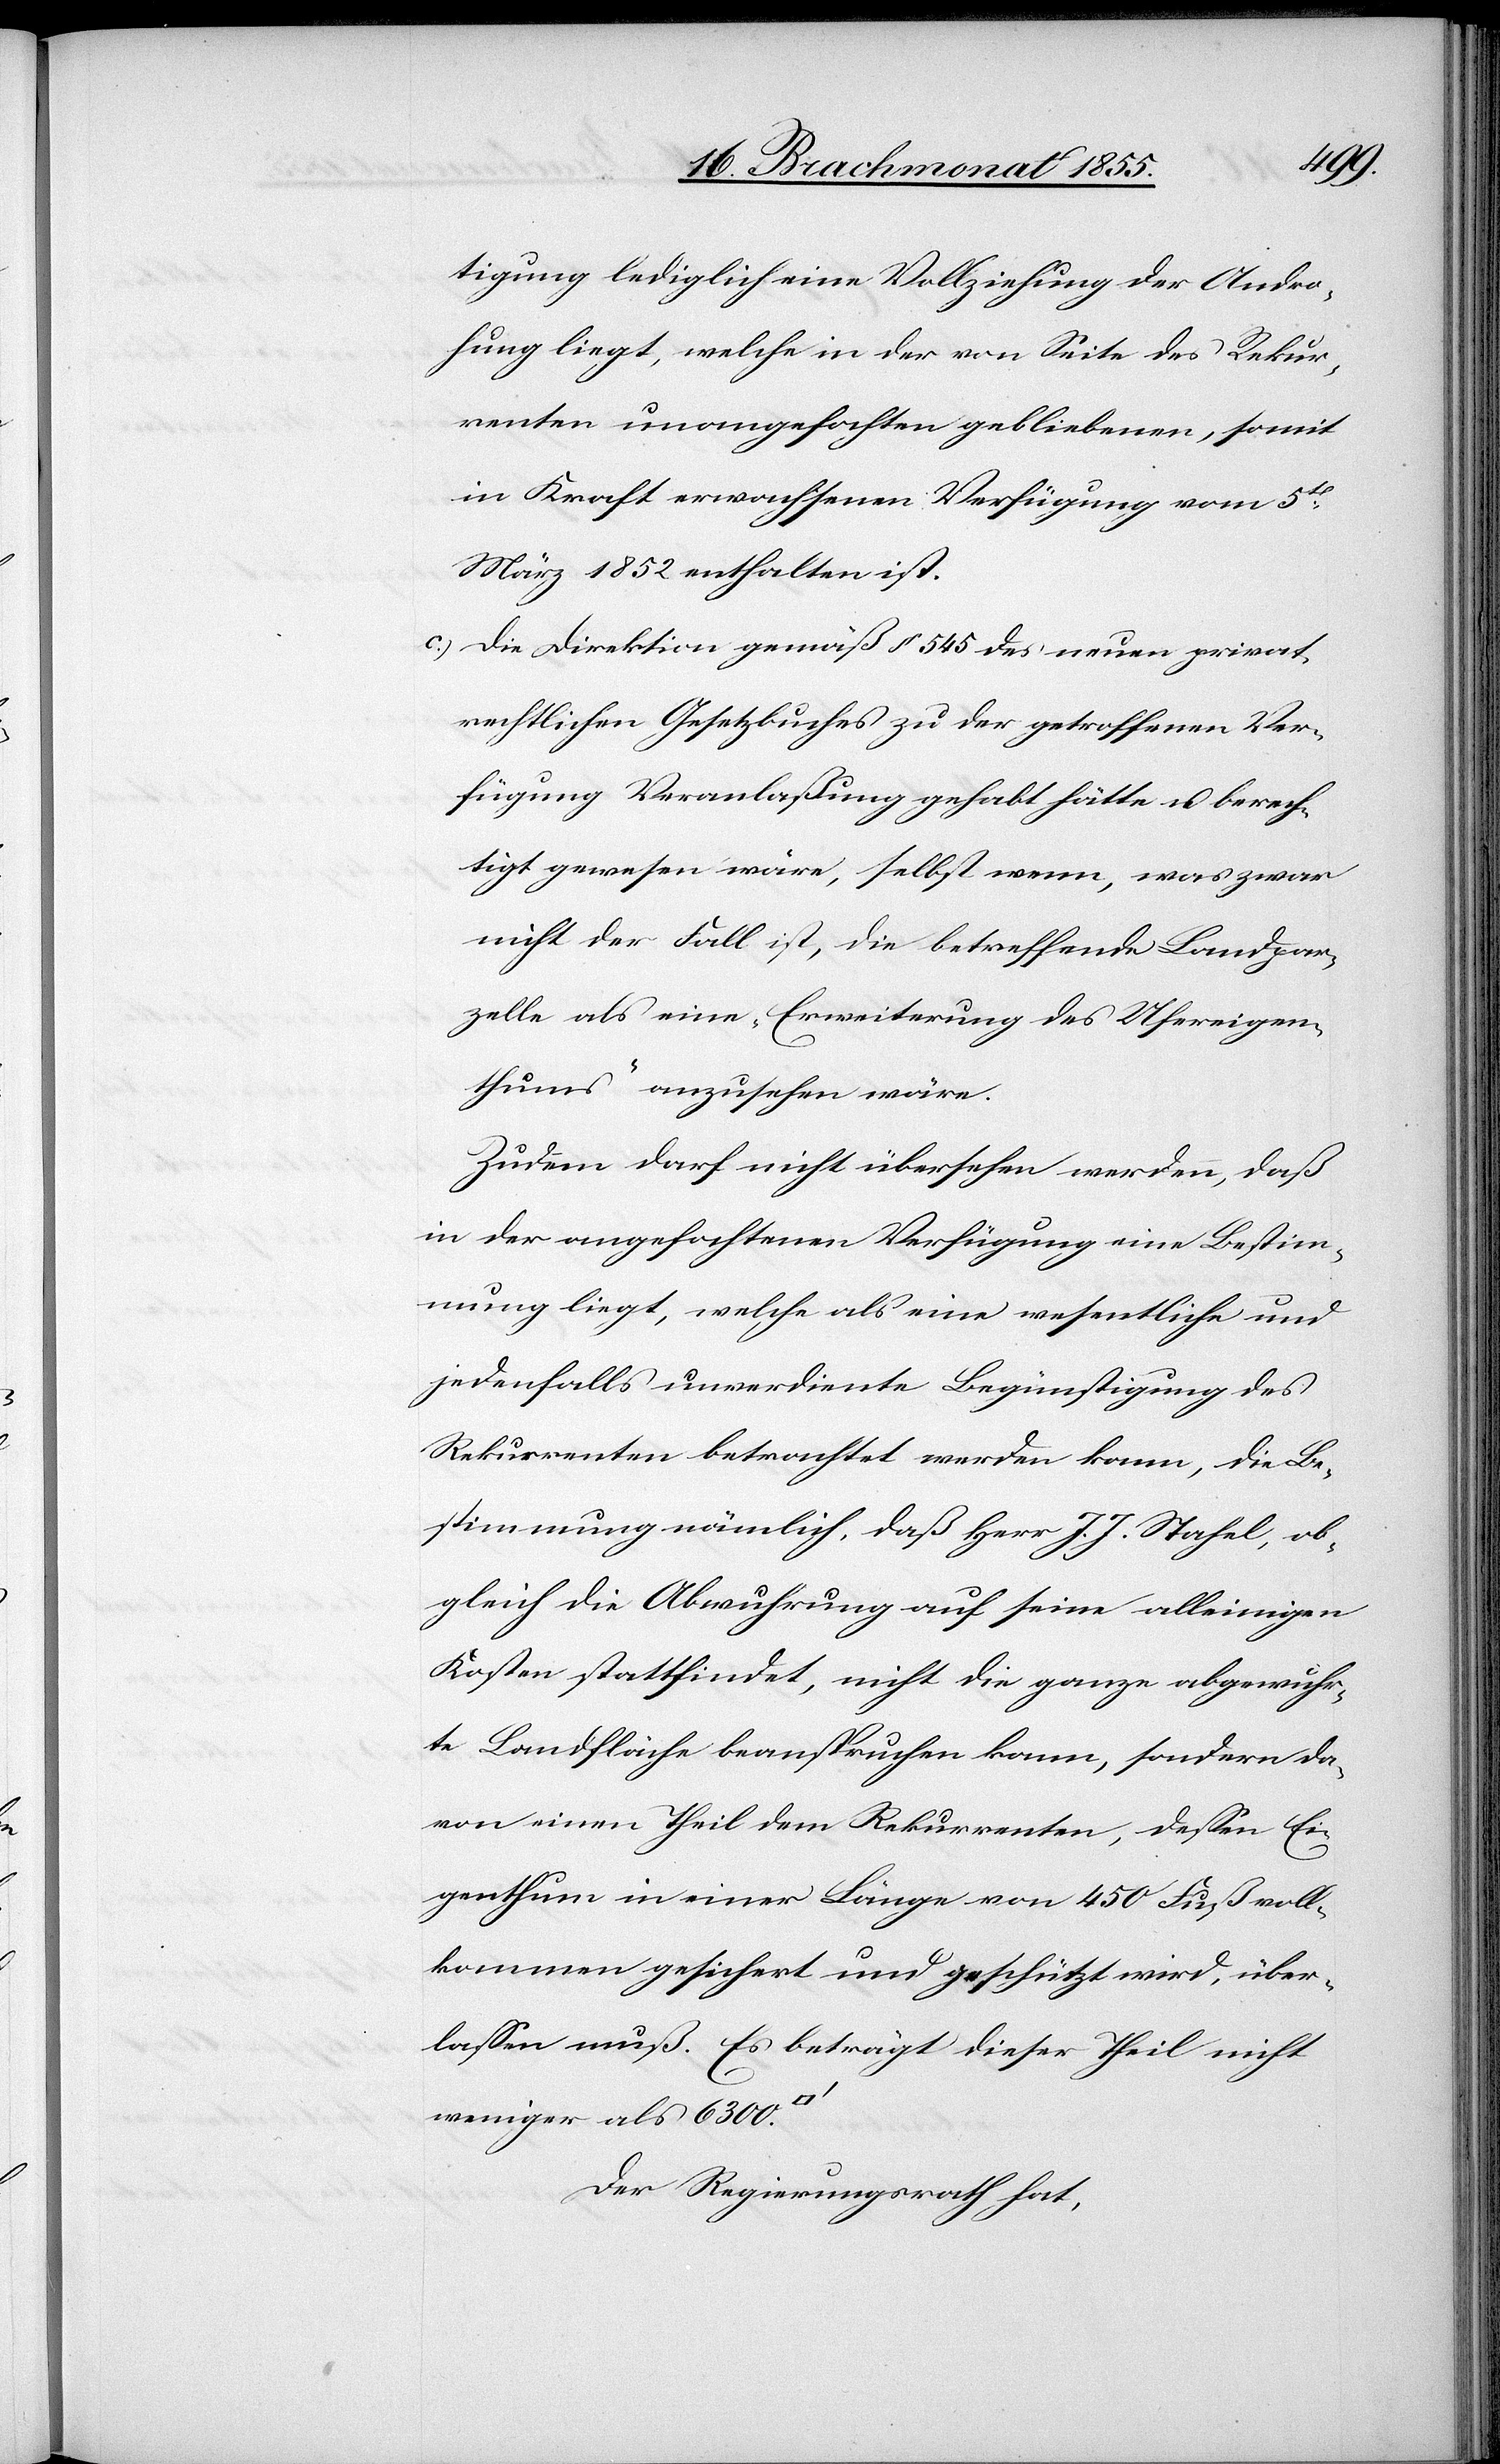
tigung lediglich eine Vollziehung der Andro¬
hung liegt, welche in der von Seite des Rekur¬
renten unangefochten gebliebenen, somit
in Kraft erwachsenen Verfügung vom 5t[en]
März 1852 enthalten ist.
die Direktion gemäß § 545 des neuen privat¬
rechtlichen Gesetzbuches zu der getroffenen Ver¬
fügung Veranlaßung gehabt hätte u. berech¬
tigt gewesen wäre, selbst wenn, was zwar
nicht der Fall ist, die betreffende Landpar¬
zelle als eine ‚Erweiterung des Ufereigen¬
thums‘ anzusehen wäre.
Zudem darf nicht übersehen werden, daß
in der angefochtenen Verfügung eine Bestim¬
mung liegt, welche als eine wesentliche und
jedenfalls unverdiente Begünstigung des
Rekurrenten betrachtet werden kann, die Be¬
stimmung nämlich, daß Herr J. J. Stahel, ob¬
gleich die Abwuhrung auf seine alleinigen
Kosten stattfindet, nicht die ganze abgewuhr¬
te Landfläche beanspruchen kann, sondern da¬
von einen Theil dem Rekurrenten, dessen Ei¬
genthum in einer Länge von 450 Fuß voll¬
kommen gesichert und geschützt wird, über¬
lassen muß. Es beträgt dieser Theil nicht
weniger als 6300.
Der Regierungsrath hat,